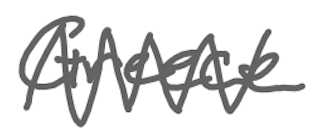
Text: Greece
Cross-out: zig-zag
Writing tool: digital_gray